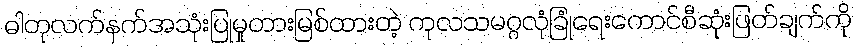
ဓါတုလက်နက်အသုံးပြုမှုတားမြစ်ထားတဲ့ ကုလသမဂ္ဂလုံခြုံရေးကောင်စီဆုံးဖြတ်ချက်ကို